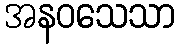
အနဝသေသာ